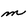
Character: m